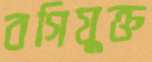
বগিযুক্ত